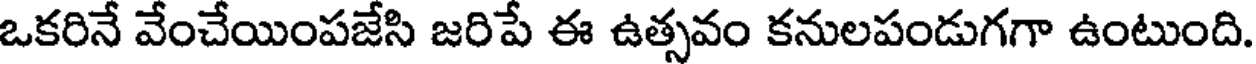
ఒకరినే వేంచేయింపజేసి జరిపే ఈ ఉత్సవం కనులపండుగగా ఉంటుంది